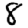
Digit: 8